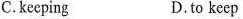
C.keeping D.to keep